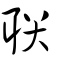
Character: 聮